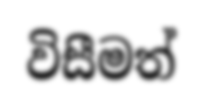
විසීමත්